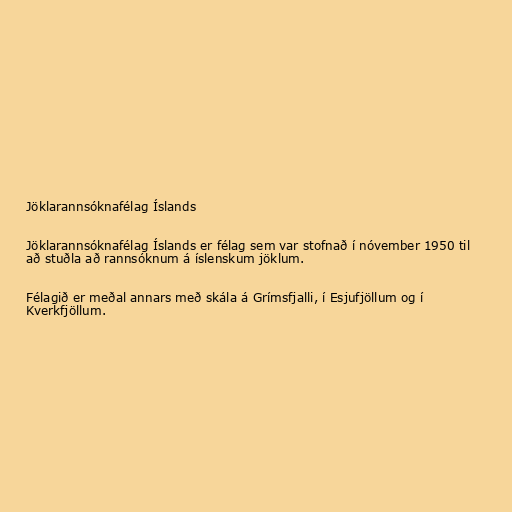
Jöklarannsóknafélag Íslands

Jöklarannsóknafélag Íslands er félag sem var stofnað í nóvember 1950 til
að stuðla að rannsóknum á íslenskum jöklum.

Félagið er meðal annars með skála á Grímsfjalli, í Esjufjöllum og í
Kverkfjöllum.